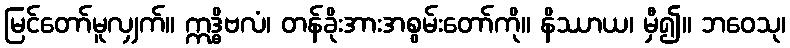
မြင်တော်မူလျှက်။ ဣဒ္ဓိဗလံ၊ တန်ခိုးအားအစွမ်းတော်ကို။ နိဿာယ၊ မှီ၍။ ဘဝေသု၊